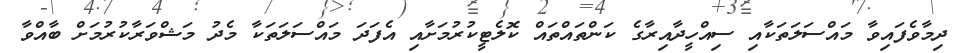
ދިމާވެފައިވާ މައްސަލަތަކާއި ސިއްހީދާއިރާގެ ކަންތައްތައް ކޮލެޓީކުރުމަށާއި އެފަދަ މައްސަލަތަކާ މެދު މަޝްވަރާކުރުމަށް ބާއްވާ